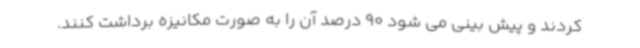
کردند و پیش بینی می شود 90 درصد آن را به صورت مکانیزه برداشت کنند.